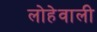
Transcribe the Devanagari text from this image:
लोहेवाली